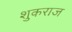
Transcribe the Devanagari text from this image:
शुकराज